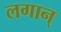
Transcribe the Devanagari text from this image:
लगान्‌